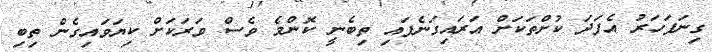
ގިނަފަހަރު އެފަދަ ކުށްތަކަށް އަރައިގަނެފައި ތިބެނީ ކޮންމެ ވެސް ވަރަކަށް ކިޔަވައިގެން ތިބި